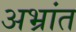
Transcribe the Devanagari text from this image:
अभ्रांत